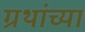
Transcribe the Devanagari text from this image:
ग्रथांच्या